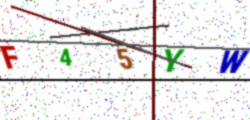
Text: F45YW